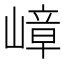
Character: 嶂